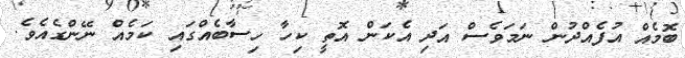
ބޮމެއް އުފެއްދުން ނަމަވެސް އަދި އެކަން އޮތީ ކިހާ ހިސާބެއްގައި ކަމެއް ނޭންގެއެވެ.